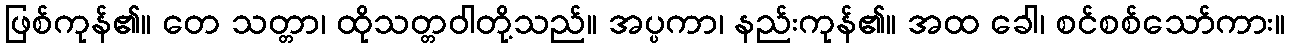
ဖြစ်ကုန်၏။ တေ သတ္တာ၊ ထိုသတ္တဝါတို့သည်။ အပ္ပကာ၊ နည်းကုန်၏။ အထ ခေါ၊ စင်စစ်သော်ကား။